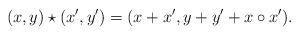
LaTeX: \begin{align*}(x,y)\star (x',y') = ( x+x', y+y'+x\circ x').\end{align*}